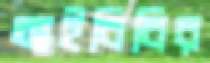
আইবিবির